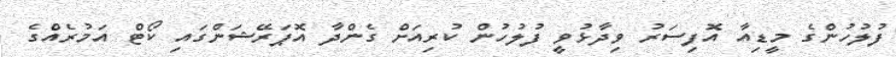
ފުލުހުންގެ މީޑިއާ އޮފިސަރު ވިދާޅުވީ ފުލުހުން ކުރިއަށް ގެންދާ އޮޕަރޭޝަންގައި ކޯޓް އަމުރެއްގެ